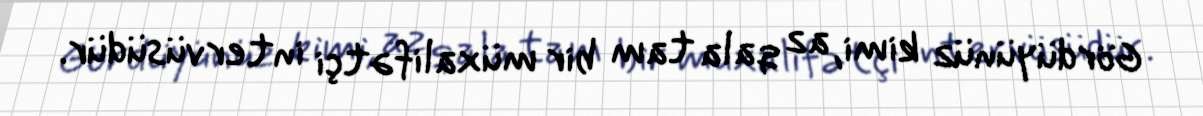
Gördüyünüz kimi, az qala tam bir müxalifətçi intervüsüdür.